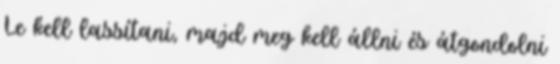
Le kell lassítani, majd meg kell állni és átgondolni